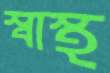
স্বাস্থ